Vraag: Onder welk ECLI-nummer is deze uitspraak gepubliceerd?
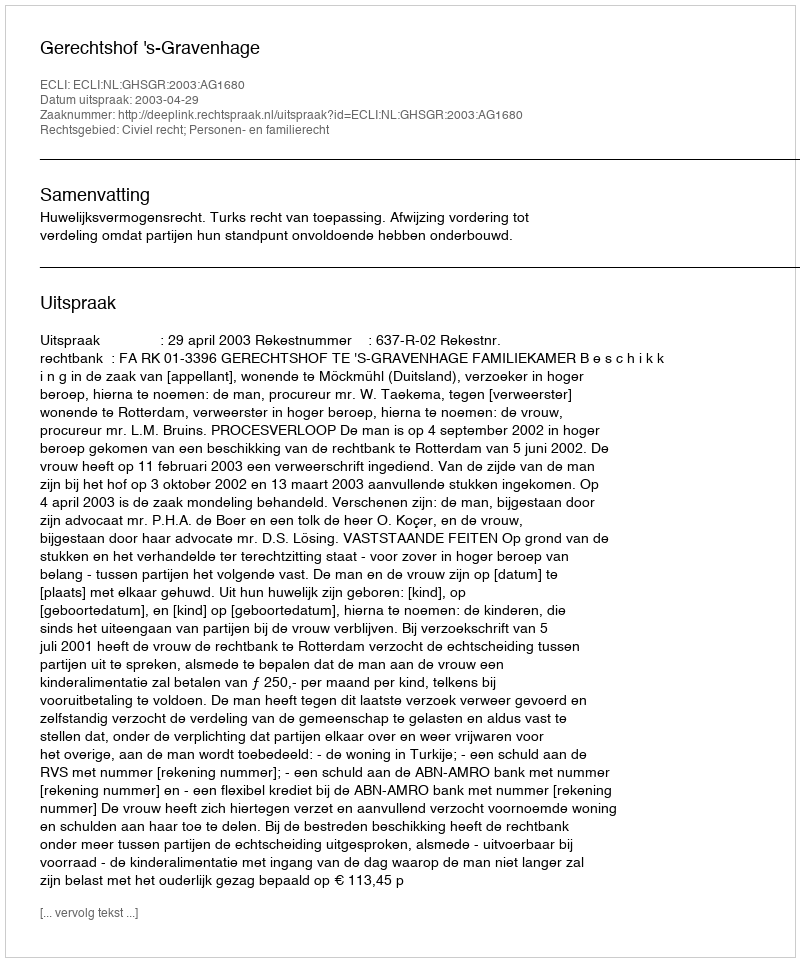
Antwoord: ECLI:NL:GHSGR:2003:AG1680